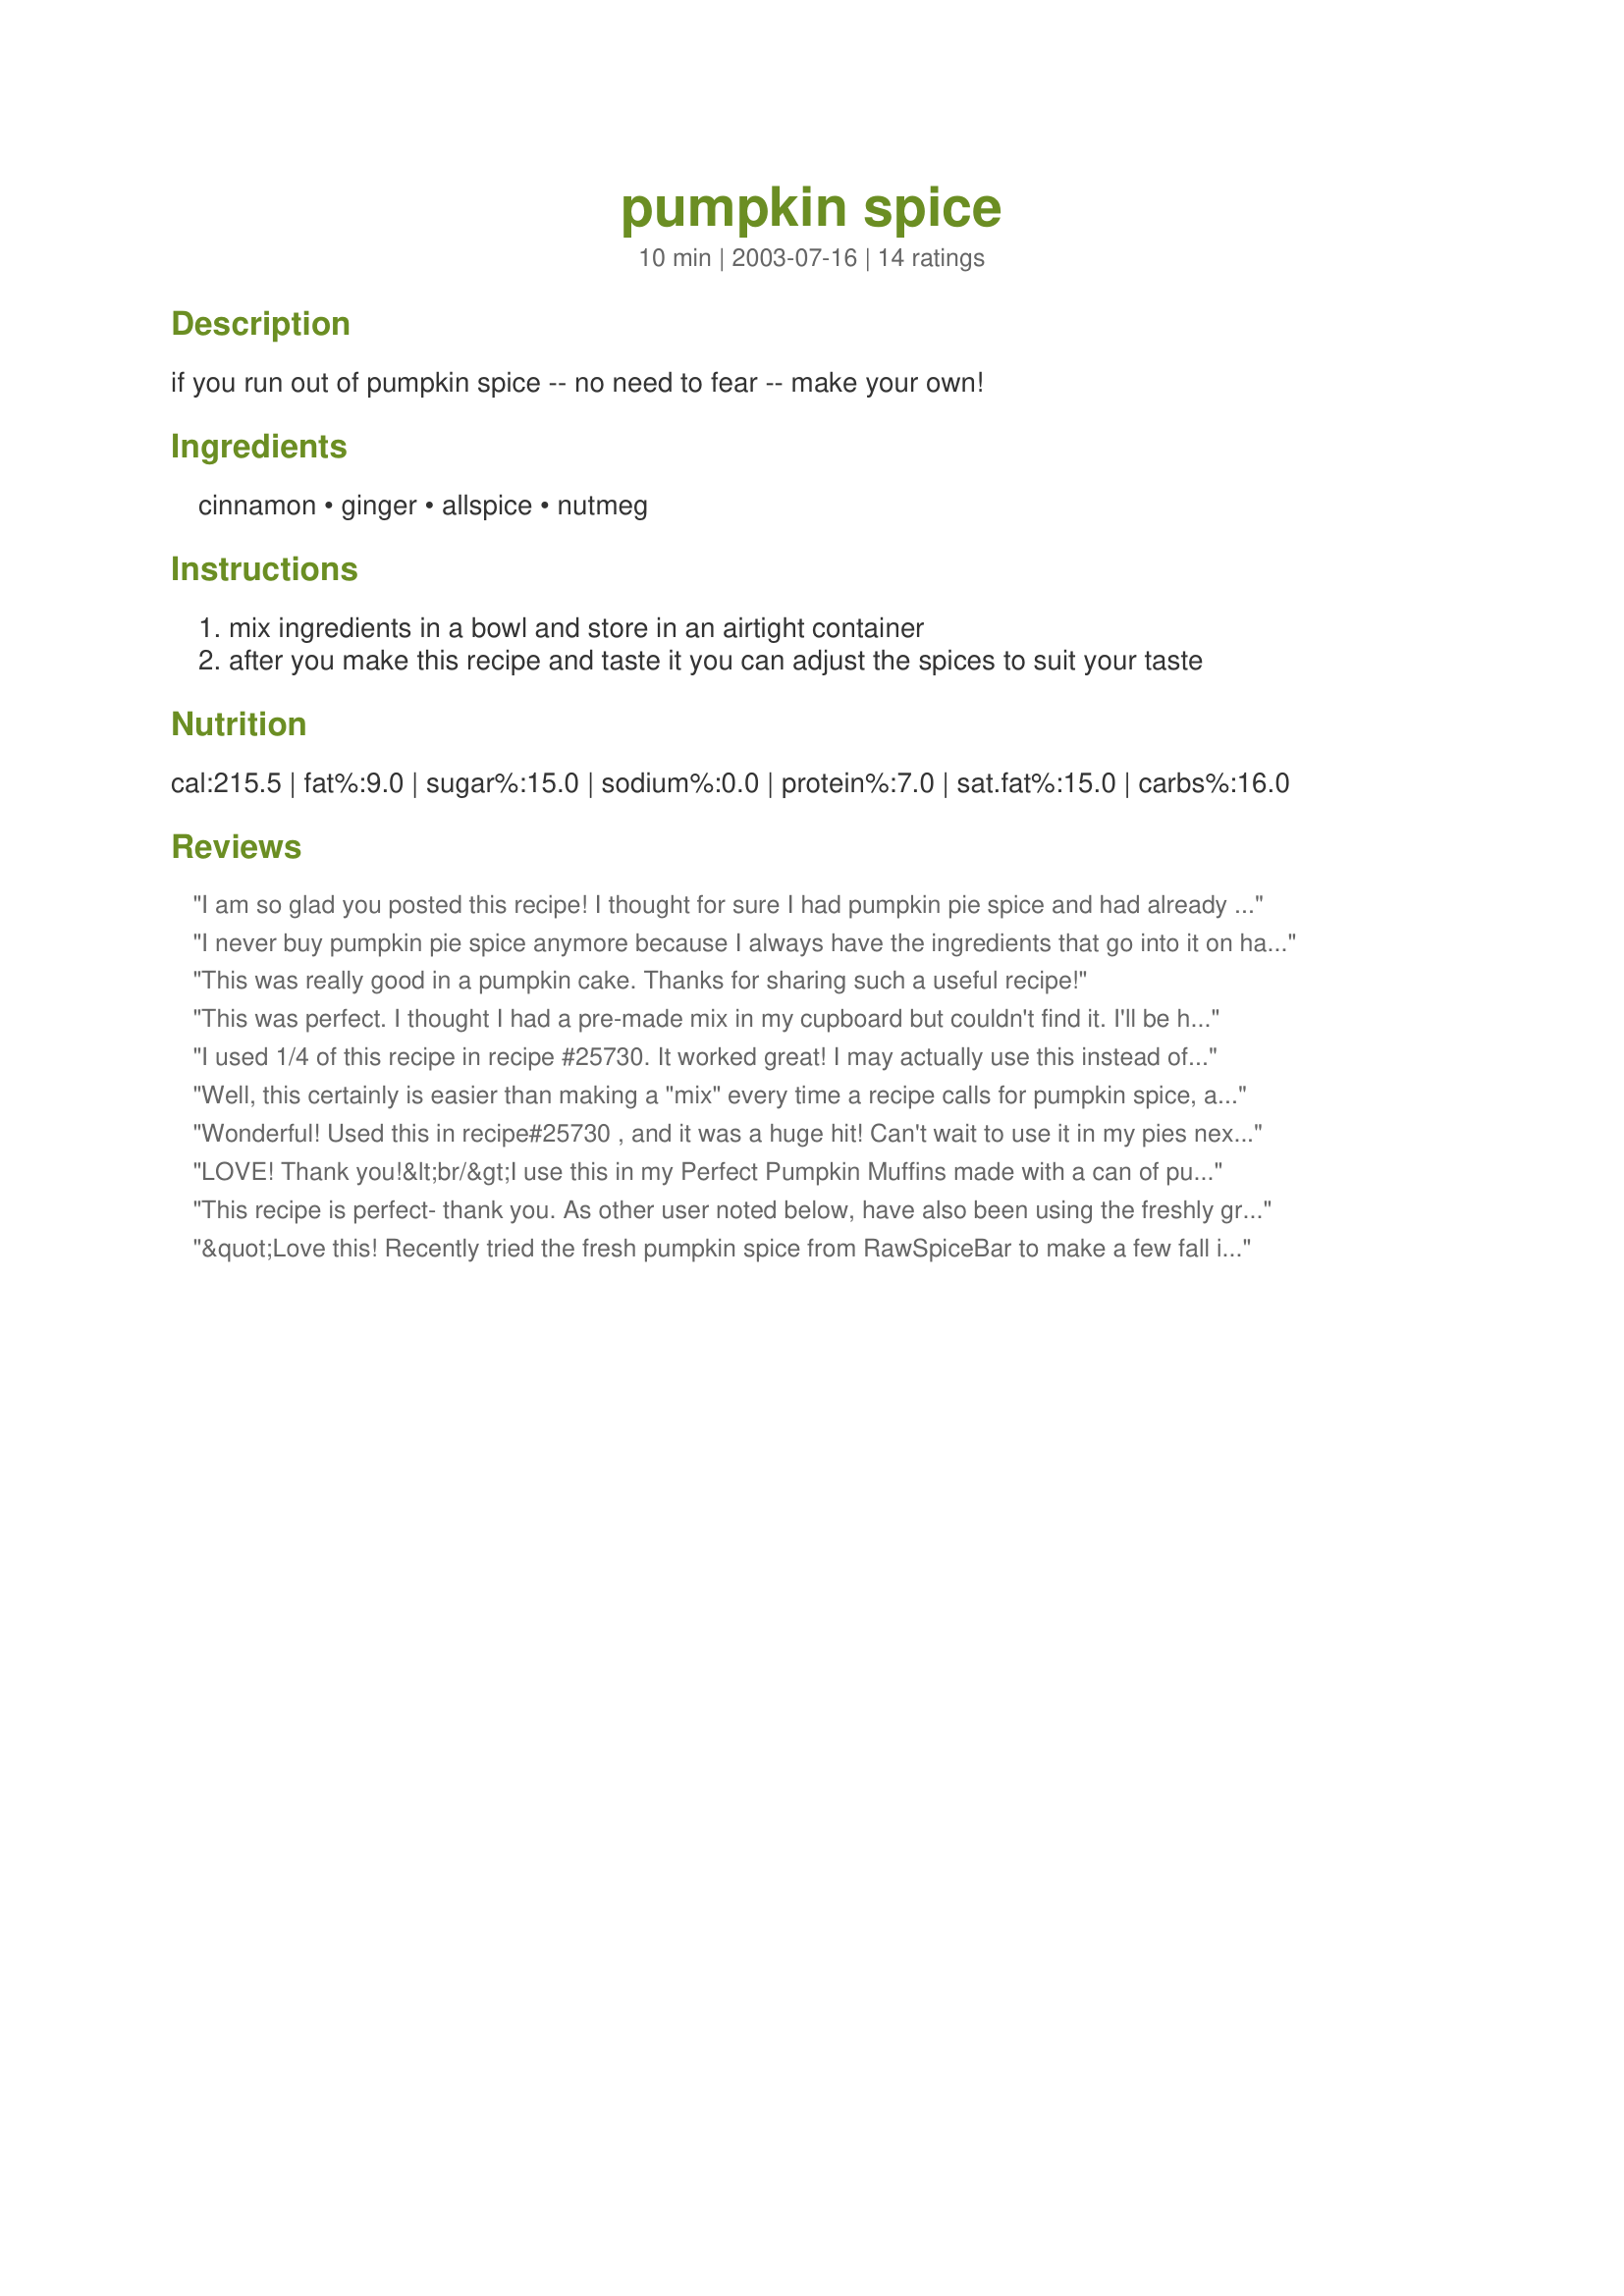
pumpkin spice
Preparation time: 10 minutes

if you run out of pumpkin spice -- no need to fear -- make your own!

Ingredients:
cinnamon, ginger, allspice, nutmeg

Steps:
mix ingredients in a bowl and store in an airtight container
after you make this recipe and taste it you can adjust the spices to suit your taste

Reviews:
I am so glad you posted this recipe! I thought for sure I had pumpkin pie spice and had already started to mix up "Pumpkin Dump Cake" (#75103) when I realized I didn't! I mixed up your recipe real quick and used it in the cake and it turned out great! Thanks KimmieOH for a wonderful recipe and for saving my day! :)
I never buy pumpkin pie spice anymore because I always have the ingredients that go into it on hand and can now make my own. Thanks!
This was really good in a pumpkin cake. Thanks for sharing such a useful recipe!
This was perfect. I thought I had a pre-made mix in my cupboard but couldn't find it. I'll be hard pressed to use the store bought kind ever again. Thanks for sharing.
I used 1/4 of this recipe in recipe #25730. It worked great! I may actually use this instead of store bought from now on. Thanks!
Well, this certainly is easier than making a "mix" every time a recipe calls for pumpkin spice, as I usually do. Makes a great base mix that you can then add to per recipe as needed. I used it in Honey Pumpkin Mousse #13566.
Wonderful! Used this in recipe#25730 , and it was a huge hit! Can't wait to use it in my pies next year! Thank you for sharing.
LOVE! Thank you!&lt;br/&gt;I use this in my Perfect Pumpkin Muffins made with a can of pure pumkin and a box of Pumpkin Cake Mix.
This recipe is perfect- thank you. As other user noted below, have also been using the freshly ground pumpkin pie spice from RawSpiceBar and loving that too: https://rawspicebar.com/products/pumpkin-pie-spice/
&quot;Love this! Recently tried the fresh pumpkin spice from RawSpiceBar to make a few fall inspired recipes and it was definitely worth trying!&quot; https://rawspicebar.com/product/pumpkin-pie-spice/
This recipe was posted just at the right time. I was making a pumpkin mouse and needed this spice. I already have it permenantly written in my cookbook. Thanks again.
Thanks for posting this recipe, it saved me from having to buy pumpkin pie spice. I used it in recipe #390564 and it was delicious! Made for Fall 2009 Pick A Chef.
Excellent base recipe for variations. I added some ground cloves to this mix. And slightly less ginger than it called for. Thankyou for "rescuing" my other recipe for pumpkin whip -- which called for pie spice mix.
Great recipe, I used it in pumpkin muffins. However, when I go pumpkin picking this fall, I'll be sure to use it in a pie and maybe some pancakes and pumpkin smoothies! I like the taste of cloves, so I added some, too.
